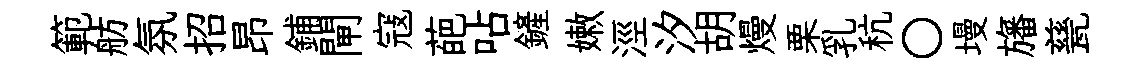
範舫氛招昂鋪閘寇葩呫鏟嫩涇汐胡熳栗乳秔〇墁旛甆